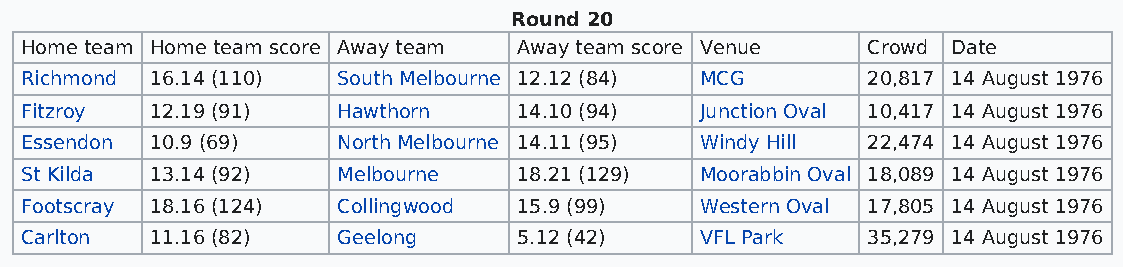
Round 20
 Home team Home team score Away team Away team score Venue Crowd Date
 Richmond 16.14 (110) South Melbourne 12.12 (84) MCG     20,817 14 August 1976
 Fitzroy  12.19 (91)  Hawthorn    14.10 (94)  Junction Oval 10,417 14 August 1976
 Essendon 10.9 (69)   North Melbourne 14.11 (95) Windy Hill 22,474 14 August 1976
 St Kilda 13.14 (92)  Melbourne   18.21 (129) Moorabbin Oval 18,089 14 August 1976
 Footscray 18.16 (124) Collingwood 15.9 (99)  Western Oval 17,805 14 August 1976
 Carlton  11.16 (82)  Geelong     5.12 (42)   VFL Park   35,279 14 August 1976